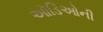
ઑડિઓની